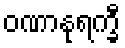
ဝဏာနုရက္ခီ